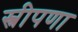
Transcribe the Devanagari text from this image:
स्त्रीपणा